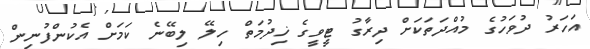
އަހަރު ދުވަހުގެ މުއްދަތަކަށް ދިރާގު ޓީވީގެ ޚިދުމަތް ހިލޭ ލިބޭނެ ކަމަށް އެކުންފުނިން